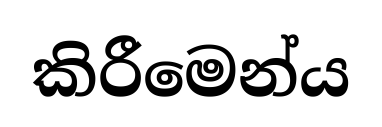
කිරීමෙන්ය